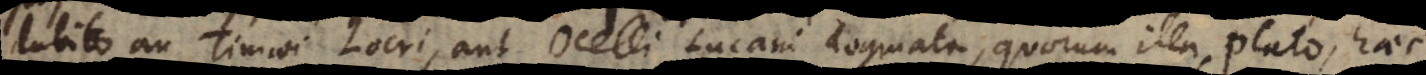
dubito an Timaei Locri aut Ocelli Lucani dogmata, quorum illa Plato, haec